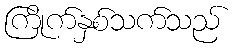
ကြိုက်နှစ်သက်သည်